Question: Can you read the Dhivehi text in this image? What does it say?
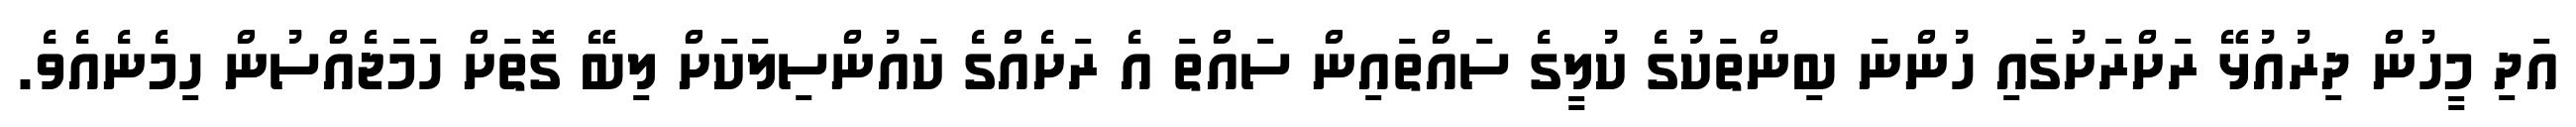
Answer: އަދި މީހުން ދިރުއުޅޭ ރަށްރަށުގައި ހުންނަ ބިންތަކުގެ ކުލީގެ ސައްތައިން ސައްތަ އެ ރަށެއްގެ ކައުންސިލަކަށް ލިބޭ ގޮތަށް ހަމަޖެއްސުން ހިމެނެއެވެ.